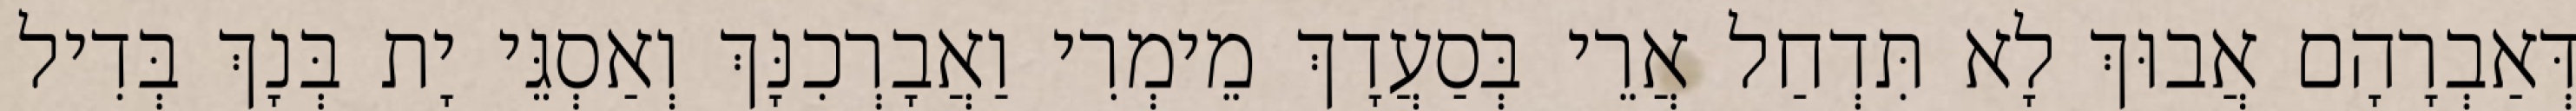
דְּאַבְרָהָם אֲבוּךְ לָא תִּדְחַל אֲרֵי בְּסַעֲדָךְ מֵימְרִי וַאֲבָרְכִנָּךְ וְאַסְגֵּי יָת בְּנָךְ בְּדִיל